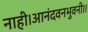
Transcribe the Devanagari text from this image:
नाही।आनंदवनभुवनी।।